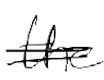
Text: the
Cross-out: double-line
Writing tool: digital_black